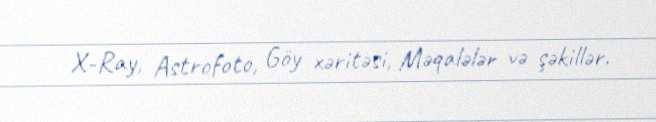
X-Ray, Astrofoto, Göy xəritəsi, Məqalələr və şəkillər.